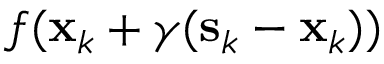
f ( \mathbf { x } _ { k } + \gamma ( \mathbf { s } _ { k } - \mathbf { x } _ { k } ) )